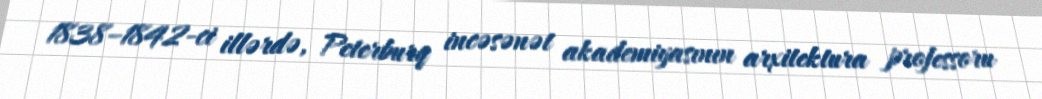
1838–1842-ci illərdə, Peterburq incəsənət akademiyasının arxitektura professoru